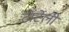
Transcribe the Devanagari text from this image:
टॉर्टेली